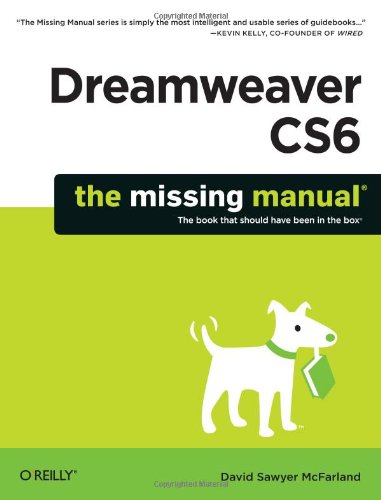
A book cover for Dreamweaver CS6: The Missing Manual (Missing Manuals); David Sawyer McFarland; Computers & Technology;